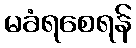
မခံရစေရန်